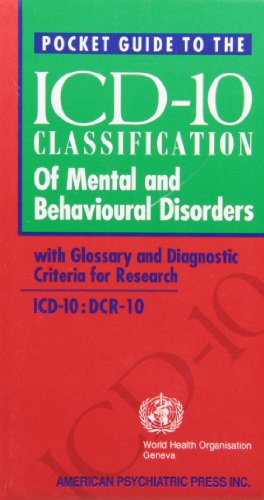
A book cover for Pocket Guide to the Icd-10 Classification of Mental and Behavioural Disorders With Glossary and Diagnostic Criteria for Research: Icd-10 : Dcr-10; J.E. Cooper; Medical Books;